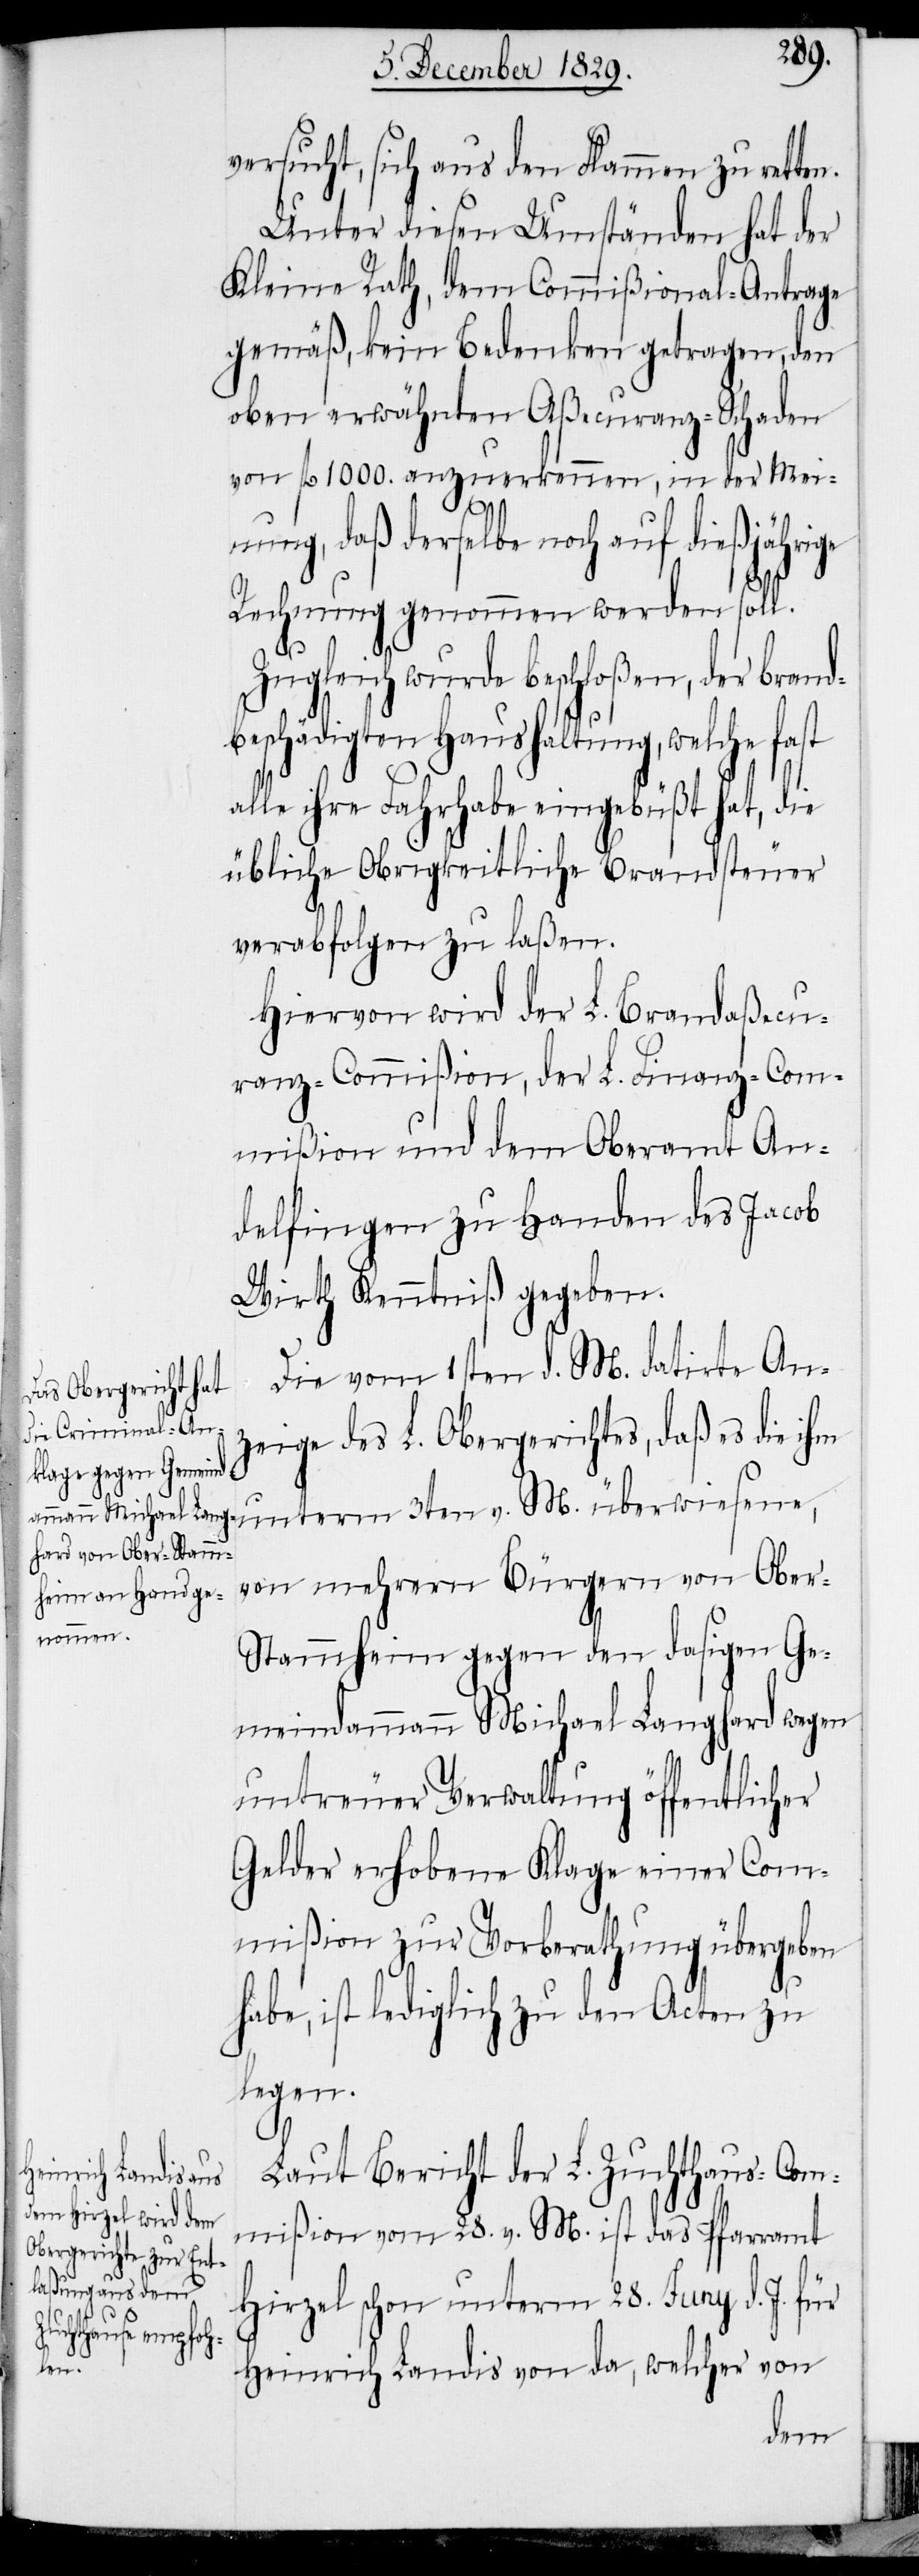
ten.

versucht, sich aus den Flammen zu ret¬
Unter diesen Umständen hat der
Kleine Rath, dem Commißional-Antrage
gemäß, kein Bedenken getragen, den
oben erwähnten Aßecuranz-Schaden
von fl. 1000. anzuerkennen, in der Mei¬
nung, daß derselbe noch auf
Rechnung genommen werden soll.
Zugleich wurde beschloßen, der Brand¬
beschädigten Haushaltung, welche fast
alle ihre Fahrhabe eingebüßt hat, die
übliche obrigkeitliche Brandsteuer
verabfolgen zu laßen.
Hiervon wird der L. Brand-Aßecu¬
ranz-Commißion, der L. Finanz-Com¬
mißion und dem Oberamt An¬
delfingen zu Handen des Jacob
Wirth Kenntniß gegeben.
Die vom 1sten d. M. datirte An¬
zeige des L. Obergerichtes, daß es die ihm
unterm 3ten v. M. überwiesene,
von mehrern Bürgern von Ober-S¬
tammheim gegen den dasigen Ge¬
meindammann Michael Langhard wegen
untreuer Verwaltung öffentlicher
Gelder erhobene Klage einer Com¬
mißion zur Vorberathung übergeben
habe, ist lediglich zu den Acten zu
legen.
Laut Bericht der L. Zuchthaus-Com¬
mißion vom 28. v. M. ist das Pfarramt
Hirzel schon unterm 28. Juny d. J. für
Heinrich Landis von da, welcher von